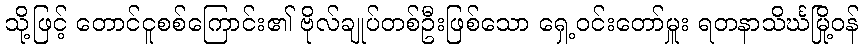
သို့ဖြင့် တောင်ငူစစ်ကြောင်း၏ ဗိုလ်ချုပ်တစ်ဦးဖြစ်သော ရှေ့ဝင်းတော်မှူး ရတနာသိင်္ဃမြို့ဝန်